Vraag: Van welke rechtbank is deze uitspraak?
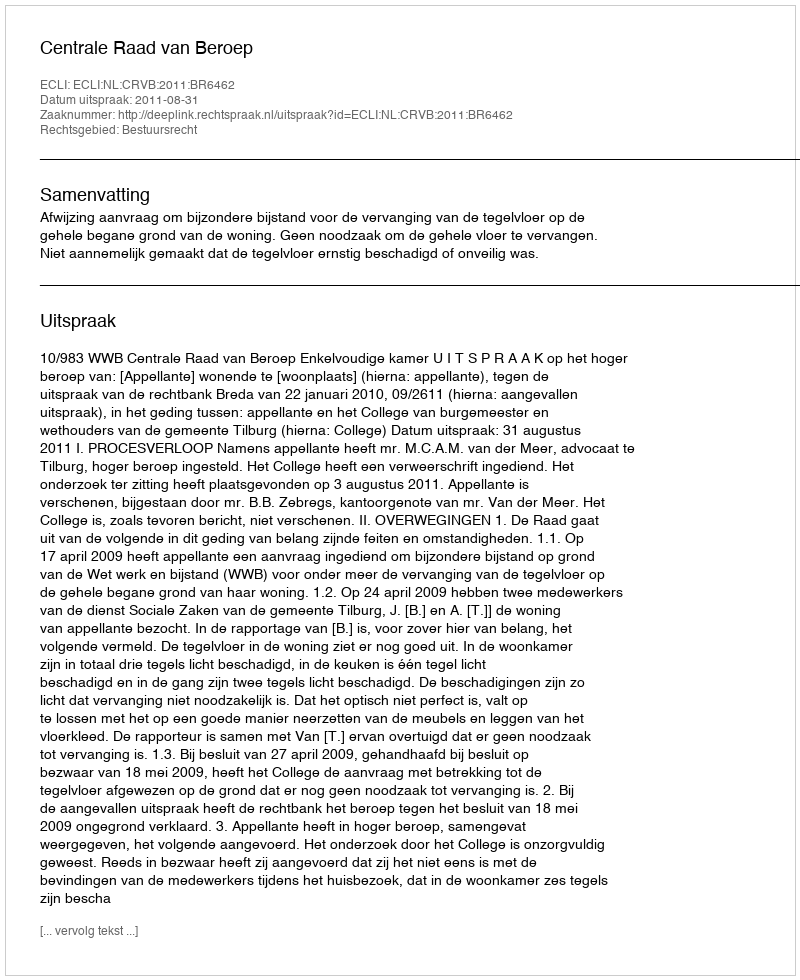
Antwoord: Centrale Raad van Beroep